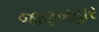
જાણબહાર